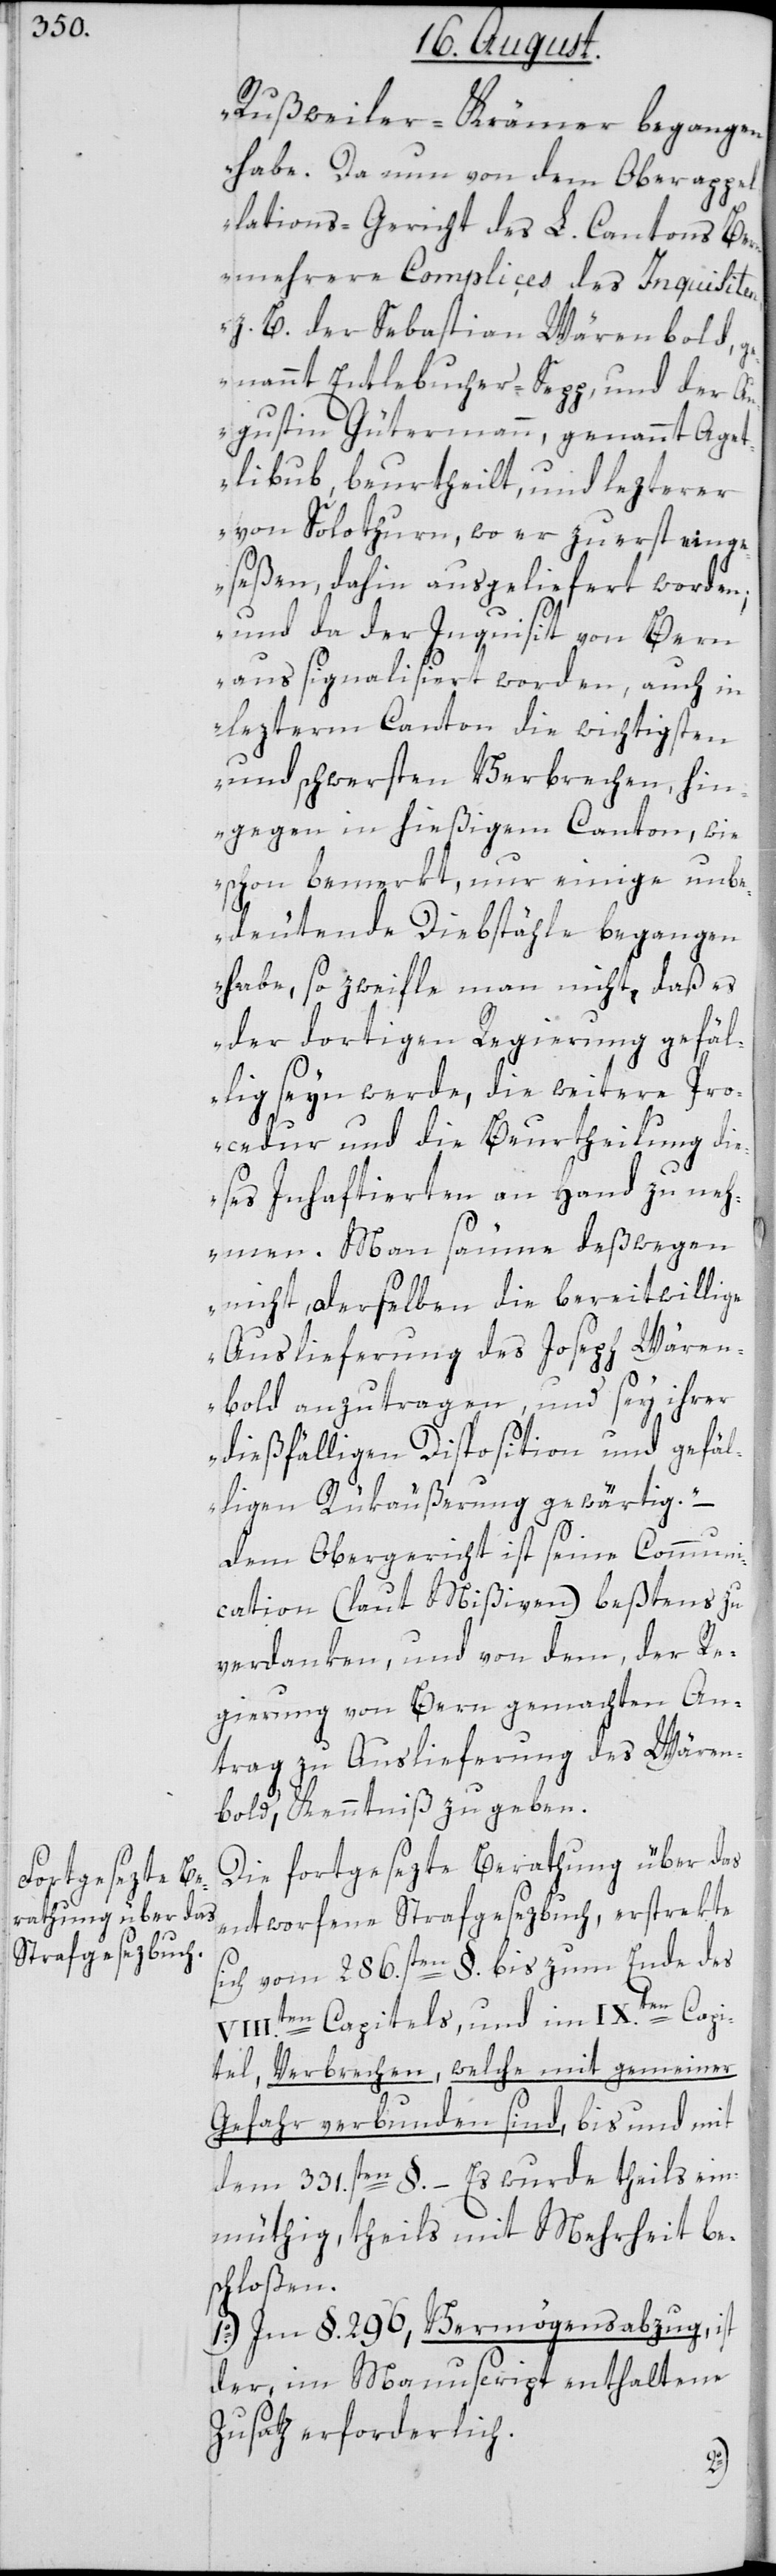
Rußweiler-Krämer begangen
habe. Da nun von dem Ober-Appel¬
lations-Gericht des L. Cantons Be¬
mehrere Complices des Inquisite¬
z. B. der Sebastian Wärenbold, g¬
enannt Entlebucher-Sepp, und der A¬
ugustin Gütermann, genannt Aget¬
libub, beurtheilt und lezterer
von Solothurn, wo er zuerst einge¬
seßen, dahin ausgeliefert worden;
und da der Inquisit von Bern
aus signalisiert worden, auch in
lezterm Canton die wichtigsten
und schwersten Verbrechen, hin¬
gegen in hießigem Canton, wie
schon bemerkt, nur einige unbe¬
deutende Diebstähle begangen
habe, so zweifle man nicht, daß es
der dortigen Regierung gefäl¬
lig seyn werde, die weitere Pro¬
cedur und die Beurtheilung die¬
ses Inhaftierten an Hand zu neh¬
men. Man säume deßwegen
nicht, derselben die bereitwillige
Auslieferung des Joseph Wären¬
bold anzutragen, und sey ihrer
dießfälligen Disposition und gefäl¬
ligen Rükäußerung gewärtig.“ –
Dem Obergericht ist seine Communi¬
cation (laut Mißiven) beßtens zu
verdanken, und von dem, der Re¬
gierung von Bern gemachten An¬
trag zu Auslieferung des Wären¬
bolds, Kenntniß zu geben.
Die fortgesezte Berathung über das
entworfene Strafgesetzbuch, erstrekte
sich vom 286.sten §. bis zum Ende des
VII¬
I.ten Capitels, und im IX.ten Capi¬
tel, Verbrechen, welche mit gemeiner
Gefahr verbunden sind, bis und mit
dem 331.sten §. – Es wurde theils ein¬
müthig, theils mit Mehrheit be¬
schloßen:
1o.) Im §. 296, Vermögensabzug, ist
der, im Manuscript enthaltene
Zusatz erforderlich.